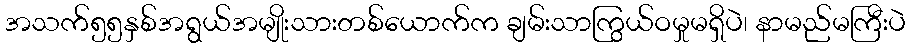
အသက်၅၅နှစ်အရွယ်အမျိုးသားတစ်ယောက်က ချမ်းသာကြွယ်ဝမှုမရှိပဲ၊ နာမည်မကြီးပဲ